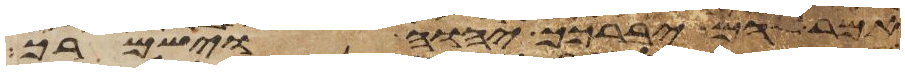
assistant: אמר להם יברכך יהוה וישמרך